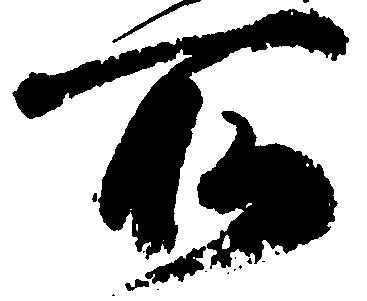
所